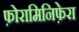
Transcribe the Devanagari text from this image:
फ़ोरामिनिफ़ेरा